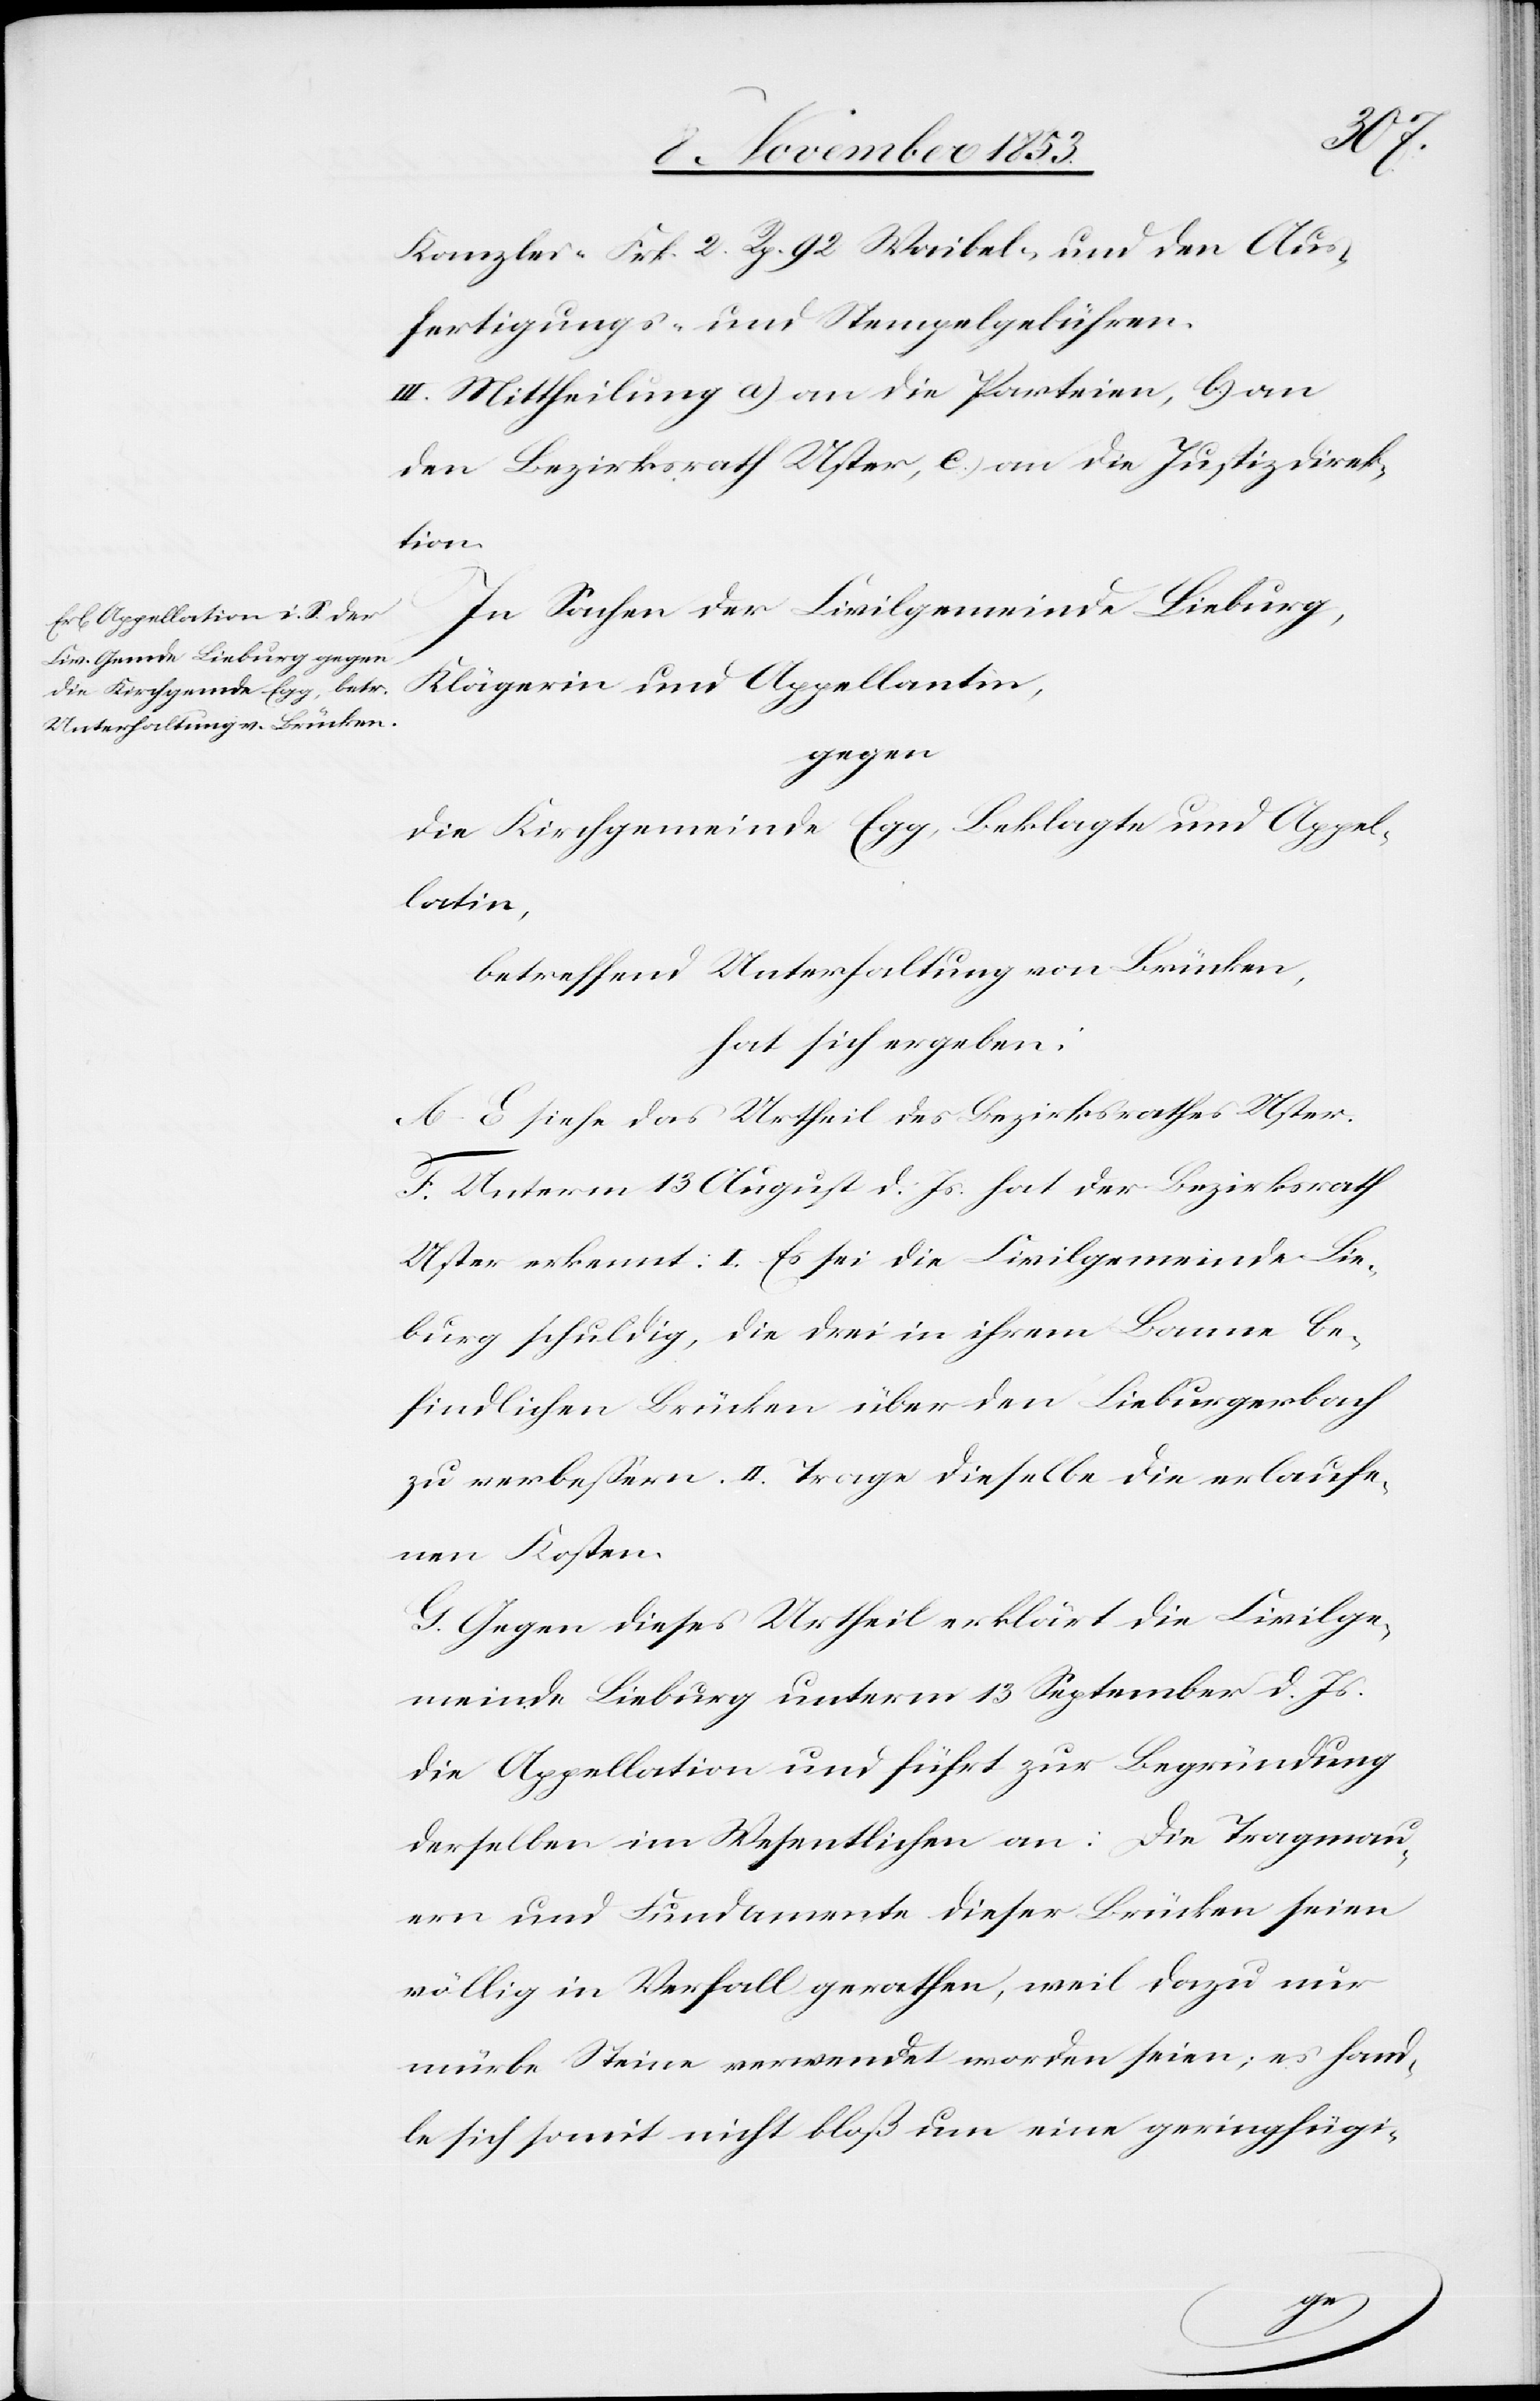
Kanzlei- Frk. 2 Rp. 92 Waibel- und den Aus¬
fertigungs- u. Stempelgebühren.
III. Mittheilung a) an die Parteien, b) an
den Bezirksrath Uster, c) an die Justizdirek¬
tion.
In Sachen der Civilgemeinde Lieburg,
Klägerin und Appellantin,
gegen
die Kirchgemeinde Egg, Beklagte und Appel¬
latin,
betreffend Unterhaltung von Brücken,
hat sich ergeben:
A–E. siehe das Urtheil des Bezirksrathes Uster.
F. Unterm 13 August d. Js. hat der Bezirksrath
Uster erkennt: I. Es sei die Civilgemeinde Lie¬
burg schuldig, die drei in ihrem Banne be¬
findlichen Brücken über den Lieberburgbach
zu verbeßern. II. Trage dieselbe die erlaufe¬
nen Kosten.
G. Gegen dieses Urtheil erklärt die Civilge¬
meinde Lieburg unterm 15 September d. Js.
die Appellation und führt zur Begründung
derselben im Wesentlichen an: Die Tragmau¬
ern und Fundamente dieser Brücken seien
völlig in Verfall gerathen, weil dazu nur
mürbe Steine verwendet worden seien; es hand¬
le sich somit nicht bloß um eine geringfügi-